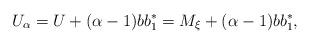
LaTeX: \begin{align*}U_\alpha =U + (\alpha-1) b b_1^\ast= M_\xi + (\alpha-1) b b_1^\ast, \end{align*}